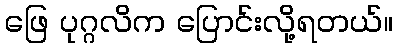
ဖြေ ပုဂ္ဂလိက ပြောင်းလို့ရတယ်။